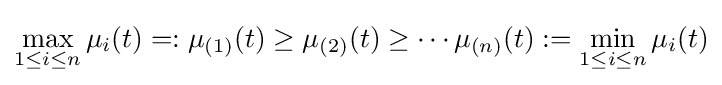
\max _{1\leq i\leq n}\mu _{i}(t)=:\mu _{(1)}(t)\geq \mu _{(2)}(t)\geq \cdots \mu _{(n)}(t):=\min _{1\leq i\leq n}\mu _{i}(t)